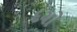
દયો